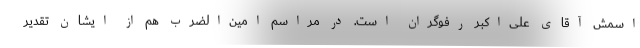
اسمش آقای علی‌اکبر رفوگران است. در مراسم امین‌الضرب هم از ایشان تقدیر